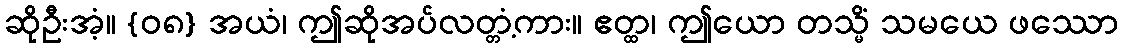
ဆိုဦးအံ့။ {၀၈} အယံ၊ ဤဆိုအပ်လတ္တံ့ကား။ ဧတ္ထ၊ ဤယော တသ္မိံ သမယေ ဖဿော